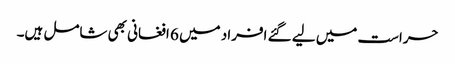
حراست میں لیے گئے افراد میں 6 افغانی بھی شامل ہیں۔